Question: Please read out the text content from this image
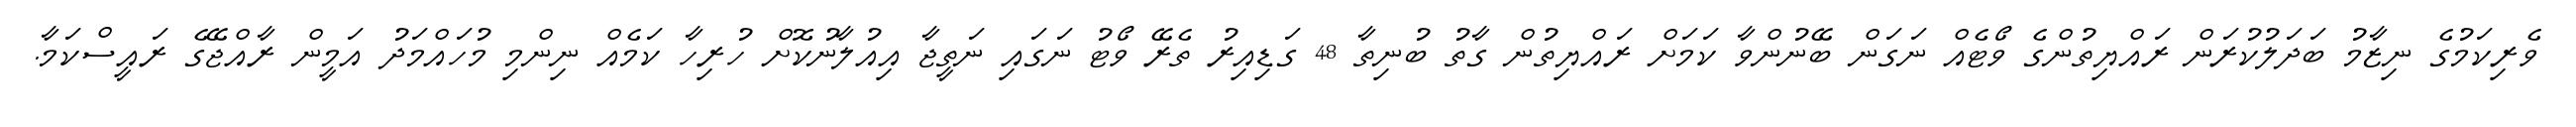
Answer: ވެރިކަމުގެ ނިޒާމު ބަދަލުކުރަން ރައްޔިތުންގެ ވޯޓެއް ނަގަން ބޭނުންވާ ކަމަށް ރައްޔިތުން ގާތު ބުނިތާ 48 ގަޑިއިރު ތެރޭ ވޯޓު ނަގައި ނަތީޖާ އިއުލާނުކޮށް ހުރިހާ ކަމެއް ނިންމި މުހައްމަދު އަމީން ރާއްޖޭގެ ރައީސްކަމާ.